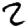
Digit: 2